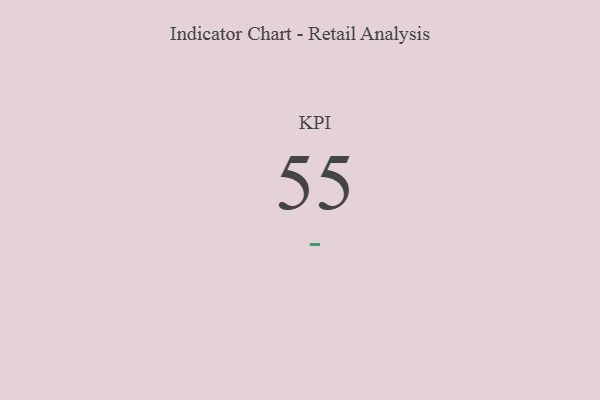
{"axis": {"x": "KPI", "y": "Value"}, "legend": [""], "data": [{"x": "KPI", "y": 55, "type": ""}]}